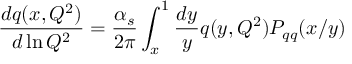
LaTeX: \frac { d q ( x , Q ^ { 2 } ) } { d \ln Q ^ { 2 } } = \frac { \alpha _ { s } } { 2 \pi } \int _ { x } ^ { 1 } \frac { d y } { y } q ( y , Q ^ { 2 } ) P _ { q q } ( x / y )